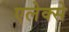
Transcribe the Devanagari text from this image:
एलेक्से